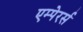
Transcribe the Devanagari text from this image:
एम्पेरर्स